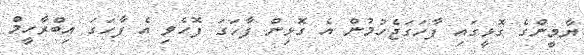
ޔާމީންގެ ގޮޅީގައި ފާހަގަޖެހުމުން އެ ގޮޅިން ފާހަގަ ފޮހެވި އެ ފާހަގަ އިބްރާހީމް